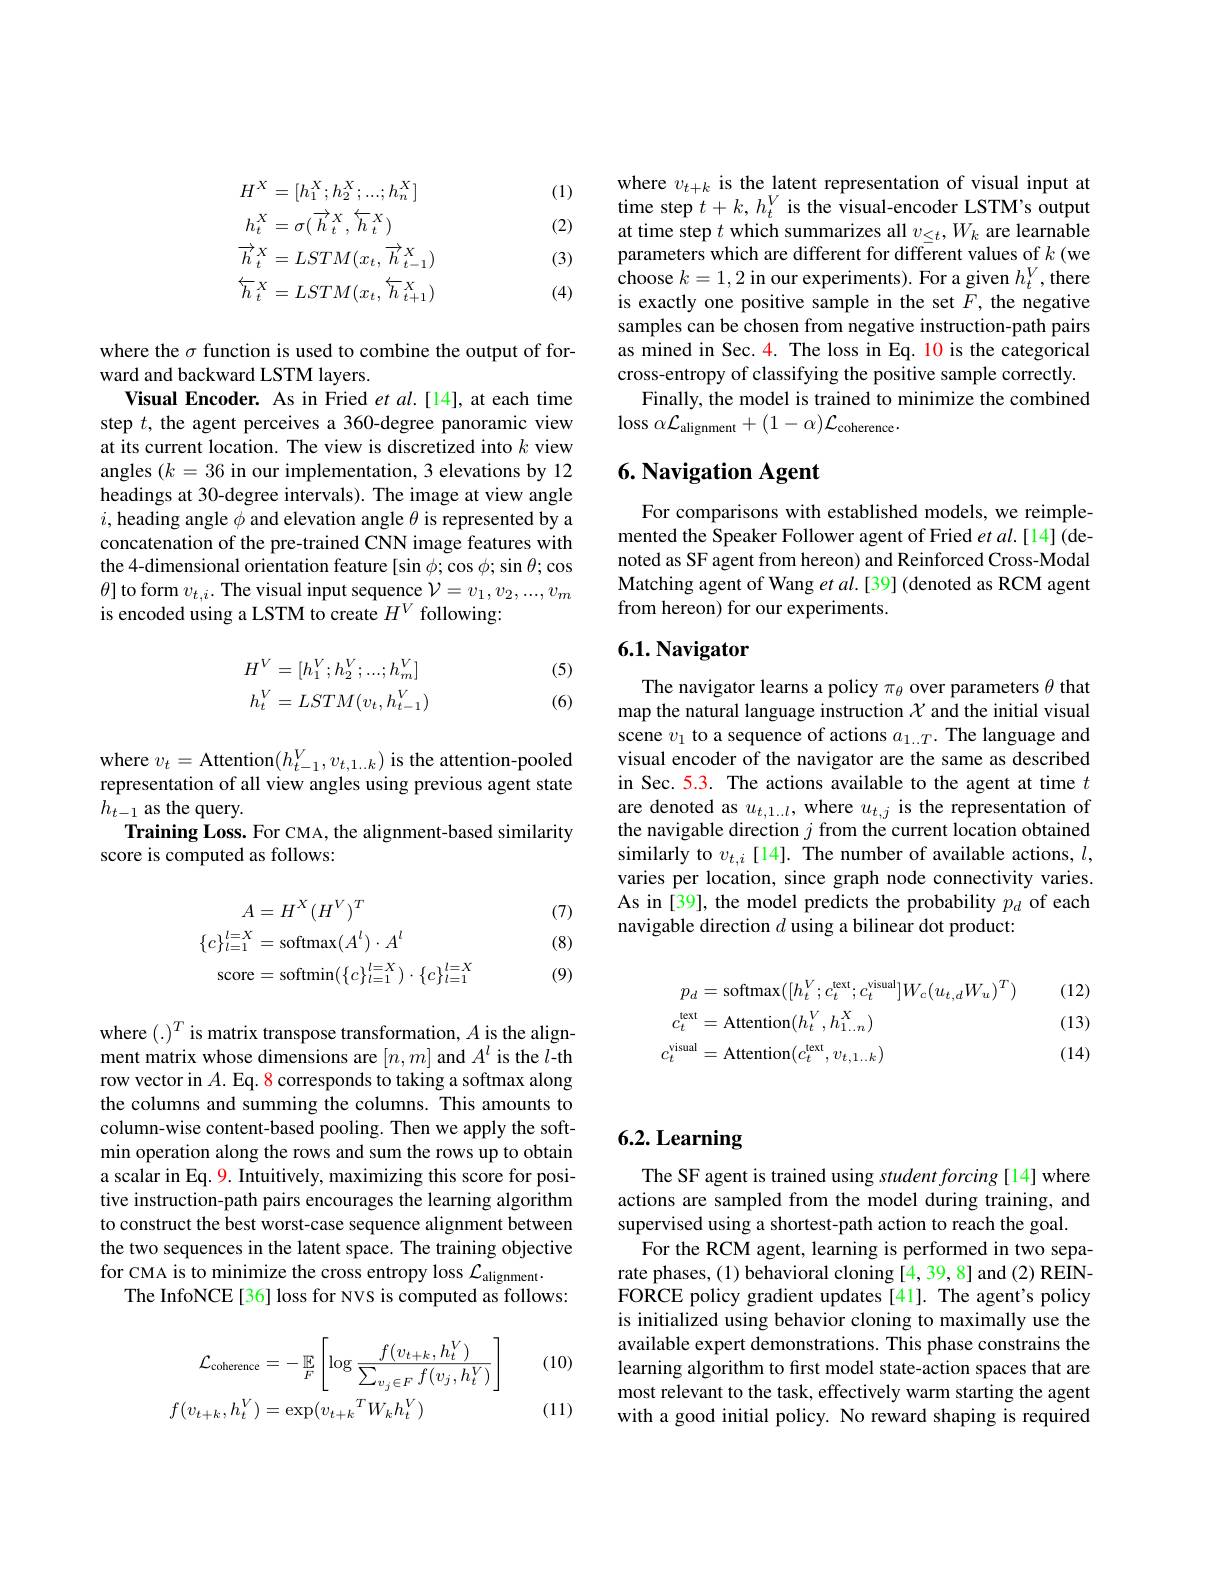
(1)

(2)
$$\begin{aligned}H^{X}&=[h_{1}^{X};h_{2}^{X};...;h_{n}^{X}]\\h_{t}^{X}&=\sigma(\overrightarrow{h}_{t}^{X},\overleftarrow{h}_{t}^{X})\\\overrightarrow{h}_{t}^{X}&=LSTM(x_{t},\overrightarrow{h}_{t-1}^{X})\\\overleftarrow{h}_{t}^{X}&=LSTM(x_{t},\overleftarrow{h}_{t+1}^{X})\end{aligned}$$
(3)

(4)

where the $\sigma$ function is used to combine the output of for-
ward and backward LSTM layers.
Visual Encoder. As in Fried et $al.[14]$, at each time step $t$, the agent perceives a 360-degree panoramic view at its current location. The view is discretized into $k$ view angles $(k=36$ in our implementation, 3 elevations by 12 headings at 30-degree intervals). The image at view angle $i$,heading angle $\phi$ and elevation angle $\theta$ is represented by a concatenation of the pre-trained CNN image features with the 4-dimensional orientation feature [sin $\phi;\cos\phi;\sin\theta;\cos$ $\theta]$ to form $v_{t,i}.$ The visual input sequence $\mathcal{V}=v_1,v_2,...,v_m$ is encoded using a LSTM to create $H^V$ following:

(5)
$$\begin{aligned}H^V&=[h_1^V;h_2^V;...;h_m^V]\\h_t^V&=LSTM(v_t,h_{t-1}^V)\end{aligned}$$
(6)

where $v_t=$Attention$(h_t-1^V,v_{t,1..k})$ is the attention-pooled representation of all view angles using previous agent state $h_{t-1}$ as the query.
Training Loss. For CMA, the alignment-based similarity
score is computed as follows:

(7)

(8)
$$\begin{aligned}A&=H^X(H^V)^T\\\{c\}_{l=1}^{l=X}&=\mathrm{softmax}(A^l)\cdot A^l\\\mathrm{score}&=\mathrm{softmin}(\{c\}_{l=1}^{l=X})\cdot\{c\}_{l=1}^{l=X}\end{aligned}$$
(9)

where $(.)^T$ is matrix transpose transformation, $A$ is the alignment matrix whose dimensions are $[n,m]$ and $A^l$ is the $l$-th row vector in $A.$ Eq. 8 corresponds to taking a softmax along the columns and summing the columns. This amounts to column-wise content-based pooling. Then we apply the softmin operation along the rows and sum the rows up to obtain a scalar in Eq. 9. Intuitively, maximizing this score for positive instruction-path pairs encourages the learning algorithm to construct the best worst-case sequence alignment between the two sequences in the latent space. The training objective for cMA is to minimize the cross entropy loss $\mathcal{L}_\mathrm{alignment}.$
The InfoNCE[36] loss for NVS is computed as follows:

(10)
$$\begin{aligned}\mathcal{L}_{\mathrm{coherence}}&=-\mathbb{E}_{F}\left[\log\frac{f(v_{t+k},h_{t}^{V})}{\sum_{v_{j}\in F}f(v_{j},h_{t}^{V})}\right]\\f(v_{t+k},h_{t}^{V})&=\exp(v_{t+k}{}^{T}W_{k}h_{t}^{V})\end{aligned}$$
(11)

where $v_{t+k}$ is the latent representation of visual input at time step $t+k,h_t^V$ is the visual-encoder LSTM's output at time step $t$ which summarizes all $v_\leq t,W_k$ are learnable parameters which are different for different values of $k$ (we choose $k=1,2$ in our experiments). For a given $h_t^V$,there is exactly one positive sample in the set $F$, the negative samples can be chosen from negative instruction-path pairs as mined in Sec. 4. The loss in Eq. 10 is the categorical cross-entropy of classifying the positive sample correctly.
Finally, the model is trained to minimize the combined
loss $\alpha\mathcal{L}_{\mathrm{alignment}}+(1-\alpha)\mathcal{L}_{\mathrm{coherence}}.$

### $6. \textbf{Navigation Agent}$

For comparisons with established models, we reimplemented the Speaker Follower agent of Fried et al.[14]( denoted as SF agent from hereon) and Reinforced Cross-Modal Matching agent of Wang et al.[39] (denoted as RCM agent from hereon) for our experiments.

## 6.1.Navigator

The navigator learns a policy $\pi_\mathrm{\theta}$ over parameters $\theta$ that map the natural language instruction $\chi$ and the initial visual scene $v_1$ to a sequence of actions $a_1..T.$ The language and visual encoder of the navigator are the same as described in Sec. 5.3. The actions available to the agent at time $t$ are denoted as $u_{t,1..l}$, where $u_{t,j}$ is the representation of the navigable direction $j$ from the current location obtained similarly to $v_{t,i}$[14]. The number of available actions, $l$, varies per location, since graph node connectivity varies. As in [39], the model predicts the probability $p_d$ of each navigable direction $d$ using a bilinear dot product:

(12)
$$\begin{aligned}p_{d}&=\mathrm{softmax}([h_{t}^{V};c_{t}^{\mathrm{text}};c_{t}^{\mathrm{visual}}]W_{c}(u_{t,d}W_{u})^{T})\\c_{t}^{\mathrm{text}}&=\mathrm{Attention}(h_{t}^{V},h_{1\ldots n}^{X})\\c_{t}^{\mathrm{visual}}&=\mathrm{Attention}(c_{t}^{\mathrm{text}},v_{t,1\ldots k})\end{aligned}$$
(13) (14)

# 6.2. Learning

The SF agent is trained using student forcing [14] where actions are sampled from the model during training, and supervised using a shortest-path action to reach the goal.
For the RCM agent, learning is performed in two separate phases, (1) behavioral cloning [4,39,8] and (2) REINFORCE policy gradient updates [41]. The agent's policy is initialized using behavior cloning to maximally use the available expert demonstrations. This phase constrains the learning algorithm to first model state-action spaces that are most relevant to the task, effectively warm starting the agent with a good initial policy. No reward shaping is required